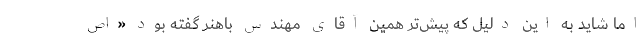
اما شاید به این دلیل که پیش‌تر همین آقای مهندس باهنر گفته بود «اص